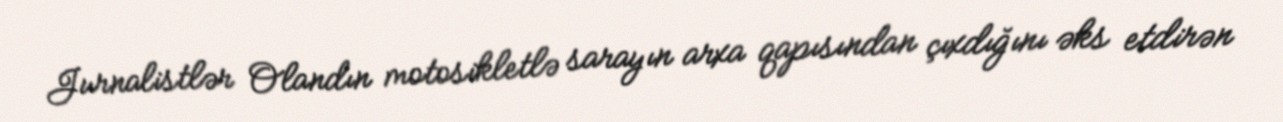
Jurnalistlər Olandın motosikletlə sarayın arxa qapısından çıxdığını əks etdirən